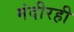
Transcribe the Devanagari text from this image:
मंदीरही